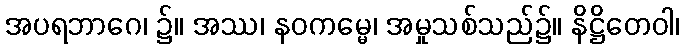
အပရဘာဂေ၊ ၌။ အဿ၊ နဝကမ္မေ၊ အမှုသစ်သည်၌။ နိဋ္ဌိတေဝါ၊